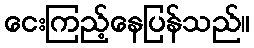
ငေးကြည့်နေပြန်သည်။